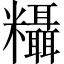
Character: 𬗂